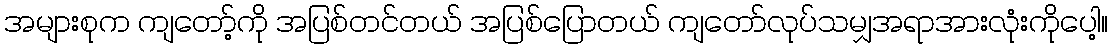
အများစုက ကျတော့်ကို အပြစ်တင်တယ် အပြစ်ပြောတယ် ကျတော်လုပ်သမျှအရာအားလုံးကိုပေါ့။